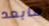
مابعد